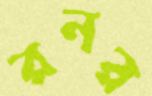
রনর